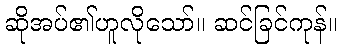
ဆိုအပ်၏ဟူလိုသော်။ ဆင်ခြင်ကုန်။